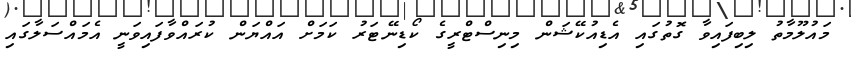
މައުލޫމާތު ލިބިފައިވާ ގޮތުގައި އެޑިއުކޭޝަން މިނިސްޓްރީގެ ކޯޑިނޭޓަރު ކަމަށް އައްޔަން ކުރައްވާފައިވަނީ އެމައްސަލާގައި